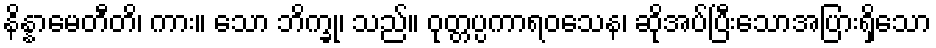
နိန္နာမေတီတိ၊ ကား။ သော ဘိက္ခု၊ သည်။ ဝုတ္တပ္ပကာရဝသေန၊ ဆိုအပ်ပြီးသောအပြားရှိသော